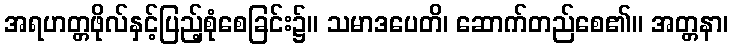
အရဟတ္တဖိုလ်နှင့်ပြည့်စုံစေခြင်း၌။ သမာဒပေတိ၊ ဆောက်တည်စေ၏။ အတ္တနာ၊